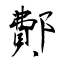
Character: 鄪